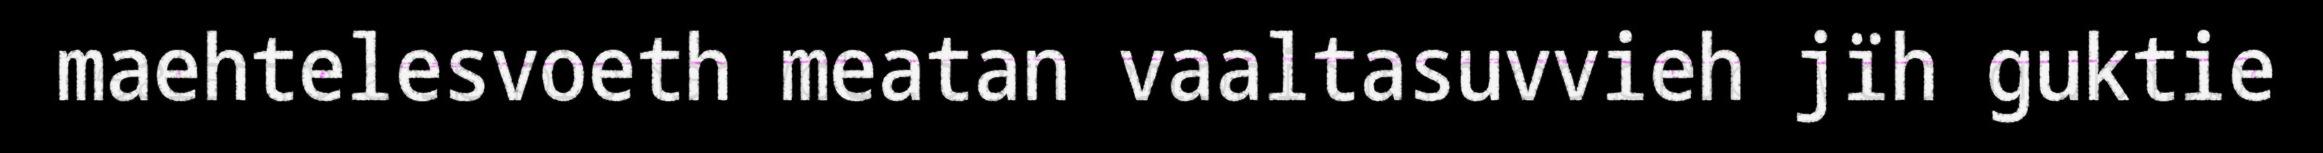
maehtelesvoeth meatan vaaltasuvvieh jïh guktie